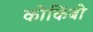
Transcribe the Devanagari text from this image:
कोकिंबो